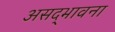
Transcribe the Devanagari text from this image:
असद्‍भावना